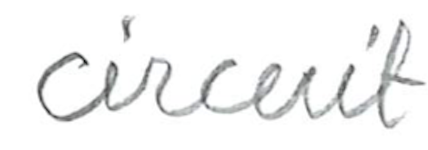
Text: circuit
Cross-out: clean
Writing tool: pencil